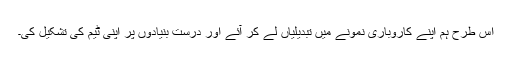
اس طرح ہم اپنے کاروباری نمونے میں تبدیلیاں لے کر آئے اور درست بنیادوں پر اپنی ٹیم کی تشکیل کی۔